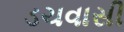
ડચવાસી